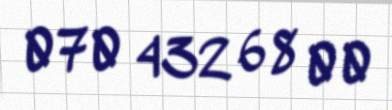
070 432 68 00